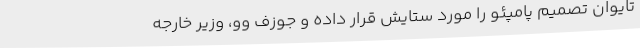
تایوان تصمیم پامپئو را مورد ستایش قرار داده و جوزف وو، وزیر خارجه